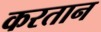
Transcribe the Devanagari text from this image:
करतान